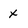
Character: x